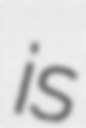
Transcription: is